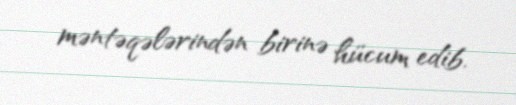
məntəqələrindən birinə hücum edib.